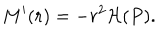
M ^ { \prime } ( r ) = - r ^ { 2 } { \cal H } ( P ) .